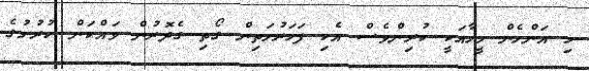
މި އަންހެން މީހާއަކީ ކުރިންވެސް އެކި ފަހަރުމަތިން ގޯތި ގެދޮރުން ވައްކަން ކުރުމުގެ